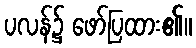
ပလန်၌ ဖော်ပြထား၏။